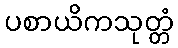
ပစာယိကသုတ္တံ